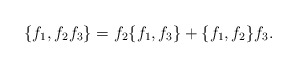
\begin{align*} \{f_1, f_2f_3\} = f_2\{f_1,f_3\} + \{f_1,f_2\}f_3.\end{align*}